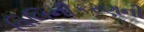
વિલિનીકરણની